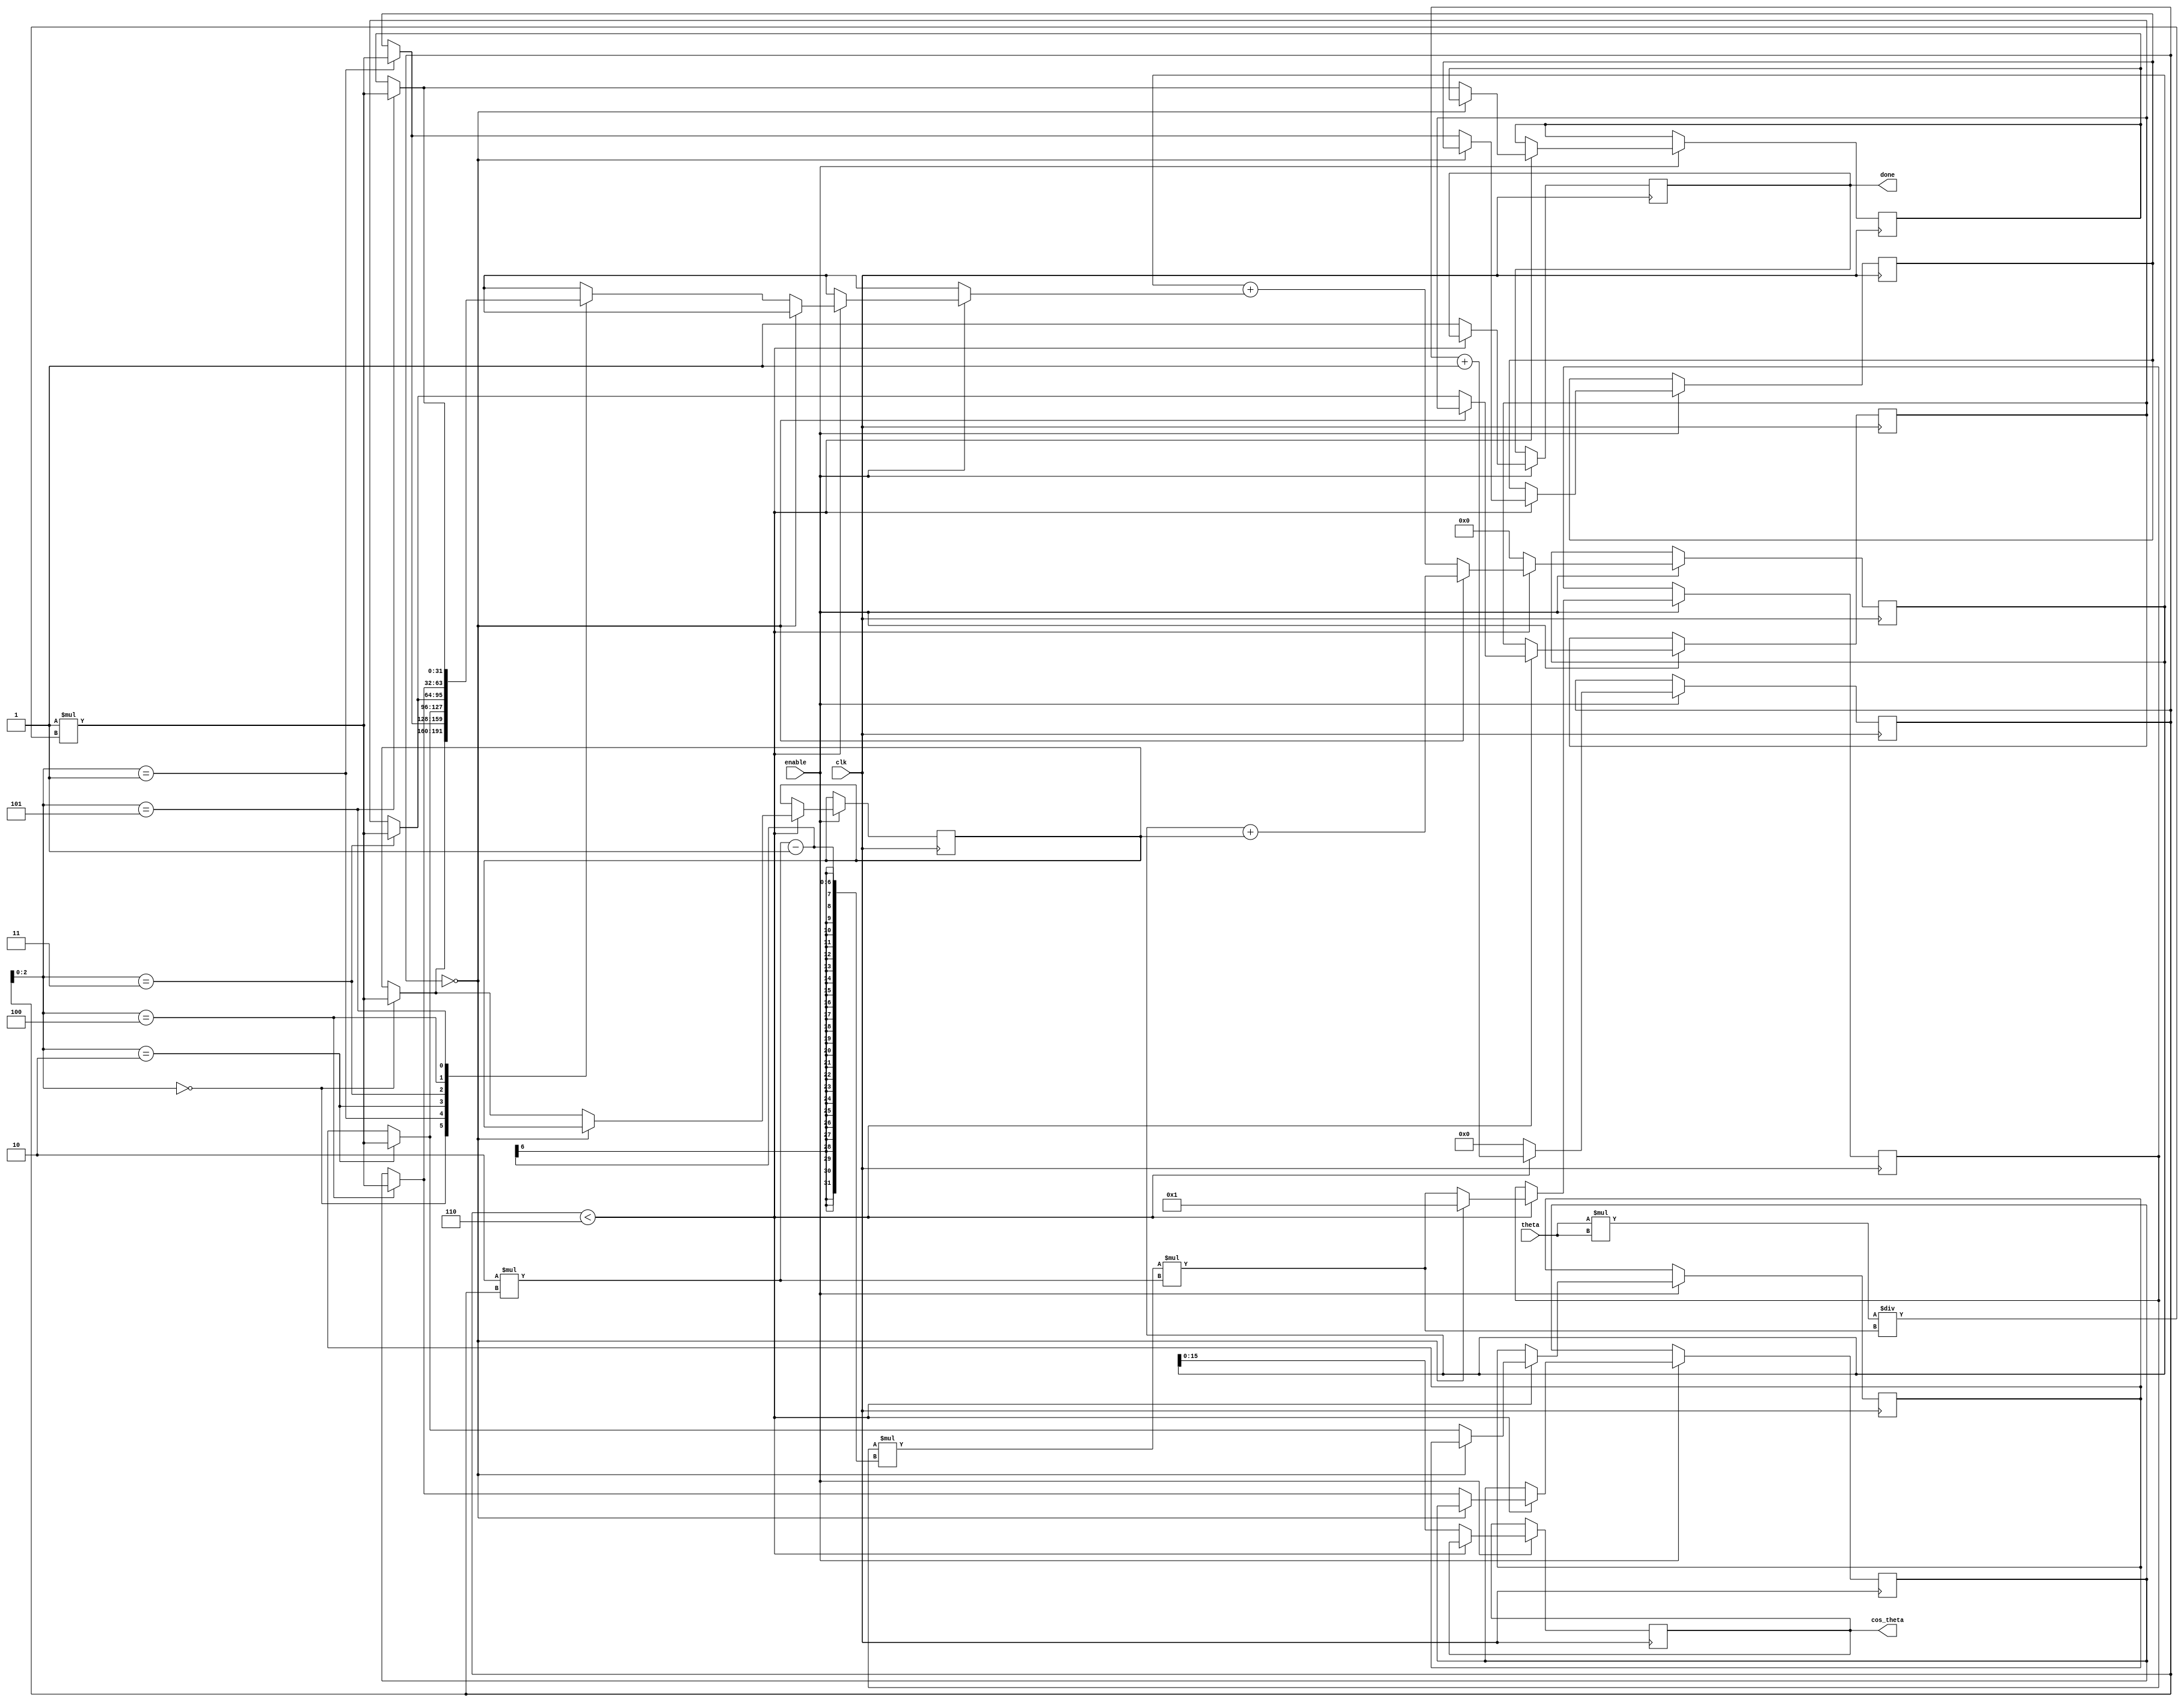
module cosine_arithmetic_block (
    input wire clk,               // Clock signal
    input wire enable,            // Enable signal
    input wire [15:0] theta,      // Angle input in radians (fixed-point representation)
    output reg [15:0] cos_theta,  // Computed cosine output
    output reg done               // Done signal
);

    // Internal parameters
    parameter NUM_TERMS = 6;      // Number of terms in Taylor series
    reg [31:0] term [0:NUM_TERMS-1]; // Terms of the Taylor series
    reg [31:0] sum;                // Accumulator for the cosine value
    reg [3:0] current_term;        // Current term index
    reg [31:0] x_squared;          // x^2 for the Taylor series
    reg [31:0] factorial;          // Factorial value for the Taylor series
    reg sign;                      // Sign for the current term

    // Initialize the terms and variables
    initial begin
        term[0] = 32'h00000001; // 0! = 1
        term[1] = 32'h00000000; // 1! = 0
        term[2] = 32'h00000000; // 2! = 1
        term[3] = 32'h00000000; // 3! = 0
        term[4] = 32'h00000000; // 4! = 1
        term[5] = 32'h00000000; // 5! = 0
        current_term = 0;
        sum = 0;
        done = 0;
    end

    // Compute x^2
    always @(*) begin
        x_squared = theta * theta; // x^2
    end

    // Compute cosine using Taylor series
    always @(posedge clk) begin
        if (enable) begin
            if (current_term < NUM_TERMS) begin
                // Calculate factorial and term value
                if (current_term == 0) begin
                    factorial = 1; // 0! = 1
                    sum = sum + term[0]; // Add first term
                end else begin
                    factorial = factorial * (2 * current_term - 1) * (2 * current_term); // (2n)! = (2n-1)! * (2n-1) * (2n)
                    sign = (current_term % 2 == 0) ? 1 : -1; // Alternate signs
                    term[current_term] = sign * (x_squared / factorial); // Calculate term
                    sum = sum + term[current_term]; // Add term to sum
                end
                current_term = current_term + 1; // Move to the next term
            end else begin
                cos_theta = sum[15:0]; // Assign the computed cosine value to output
                done = 1; // Indicate that computation is done
                current_term = 0; // Reset for next computation
                sum = 0; // Reset sum
            end
        end
    end

endmodule